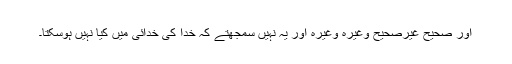
اور صحیح غیرصحیح وغیرہ وغیرہ اور یہ نہیں سمجھتے کہ خدا کی خدائی میں کیا نہیں ہوسکتا۔